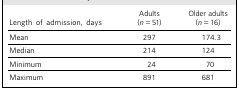
<table><thead><tr><td><b>Length of admission, days</b></td><td><b>Adults (<i>n</i> = 51)</b></td><td><b>Older adults (<i>n</i> = 16)</b></td></tr></thead><tbody><tr><td>Mean</td><td>297</td><td>174.3</td></tr><tr><td>Median</td><td>214</td><td>124</td></tr><tr><td>Minimum</td><td>24</td><td>70</td></tr><tr><td>Maximum</td><td>891</td><td>681</td></tr></tbody></table>